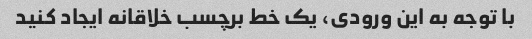
با توجه به این ورودی، یک خط برچسب خلاقانه ایجاد کنید